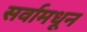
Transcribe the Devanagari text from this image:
सर्वामधून